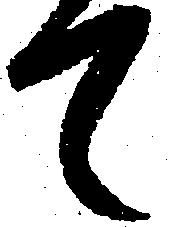
て